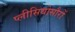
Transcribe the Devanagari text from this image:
प्लीसियोसौरों